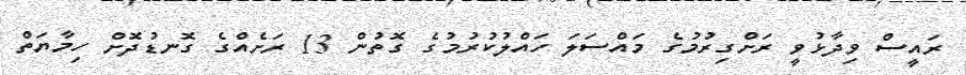
ރައީސް ވިދާޅުވީ ރަށްގިރުމުގެ މައްސަލަ ހައްލުކުރުމުގެ ގޮތުން 13 ރަށެއްގެ ގޮނޑުދޮށް ހިމާޔަތް